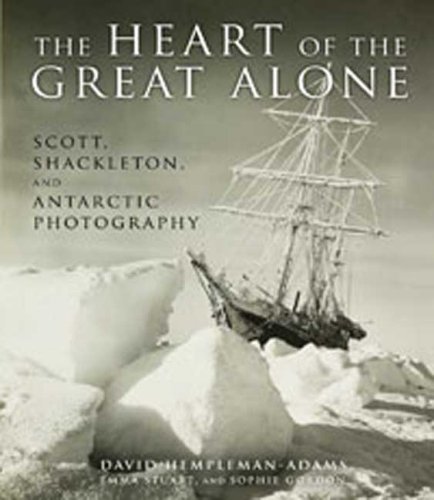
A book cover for The Heart of the Great Alone: Scott, Shackleton, and Antarctic Photography; David Hempleman-Adams; History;